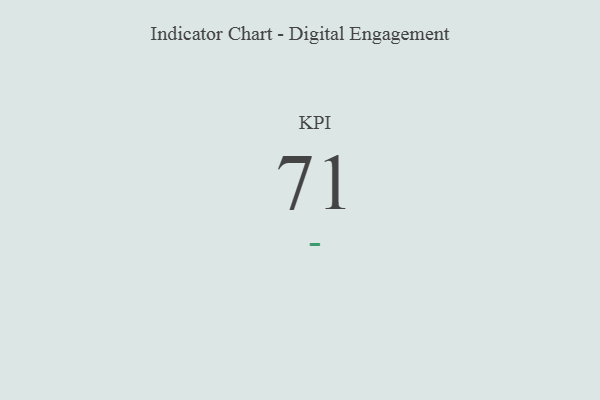
{"axis": {"x": "KPI", "y": "Value"}, "legend": [""], "data": [{"x": "KPI", "y": 71, "type": ""}]}